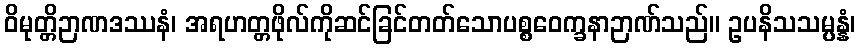
ဝိမုတ္တိဉာဏဒဿနံ၊ အရဟတ္တဖိုလ်ကိုဆင်ခြင်တတ်သောပစ္စဝေက္ခနာဉာဏ်သည်။ ဥပနိသသမ္ပန္နံ၊